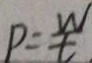
P = \frac { W } { t }